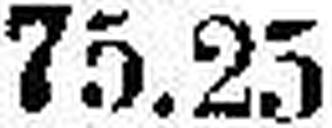
75.25